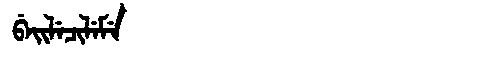
Manchu: ᠪᡝᡳᠯᡝᠴᡳᠯᡝᠮᡝ
Romanization: BEILECILEME